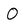
Character: 0